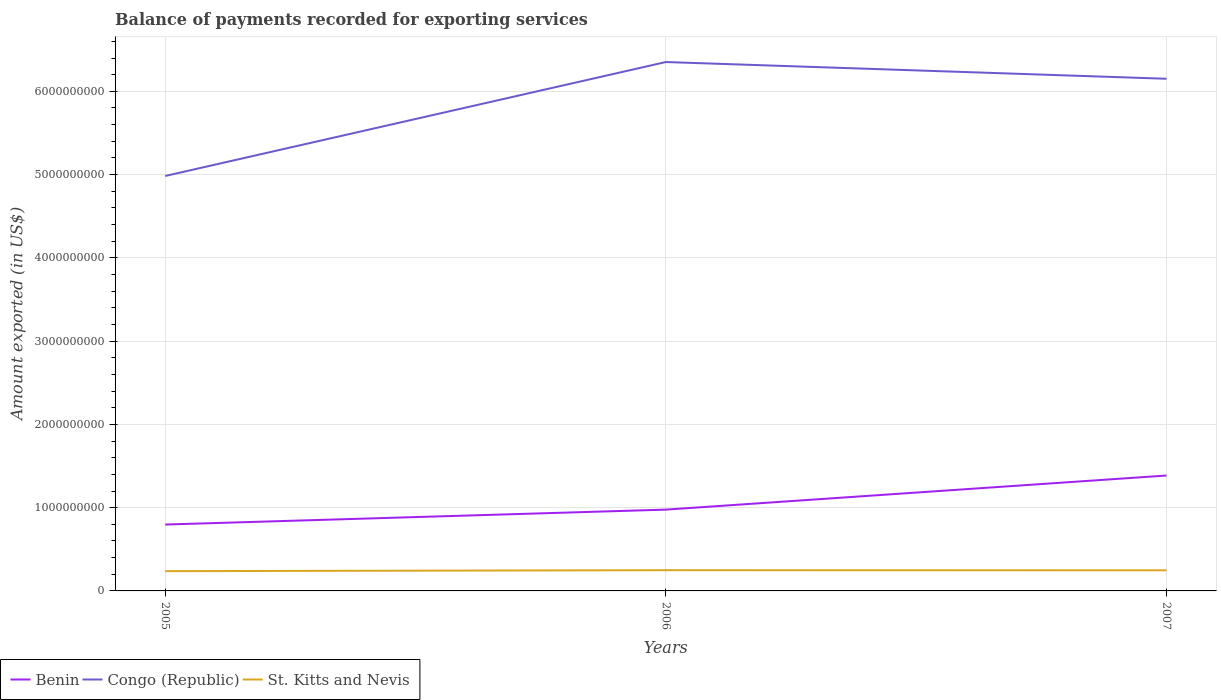
| Years | Benin | Congo (Republic) | St. Kitts and Nevis |
 | --- | --- | --- | --- |
 | 2005 | 7.97e+08 | 4.98e+09 | 2.37e+08 |
 | 2006 | 9.76e+08 | 6.35e+09 | 2.49e+08 |
 | 2007 | 1.39e+09 | 6.15e+09 | 2.48e+08 |